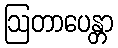
ဩတာပေန္တာ